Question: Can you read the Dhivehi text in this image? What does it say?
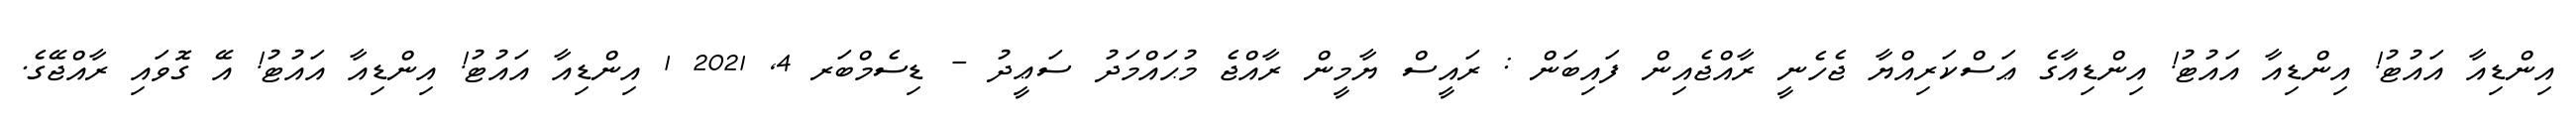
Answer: އިންޑިއާ އައުޓު! އިންޑިއާ އައުޓު! އިންޑިއާގެ ޢަސްކަރިއްޔާ ޖެހެނީ ރާއްޖެއިން ފައިބަން : ރައީސް ޔާމީން ރާއްޖެ މުޙައްމަދު ސަޢީދު - ޑިސެމްބަރ 4, 2021 1 އިންޑިއާ އައުޓު! އިންޑިއާ އައުޓު! އޭ ގޮވައި ރާއްޖޭގެ.